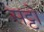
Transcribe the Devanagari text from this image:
सट्टो